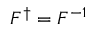
F ^ { \dagger } = F ^ { - 1 }